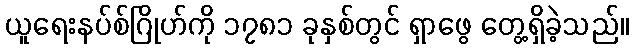
ယူရေးနပ်စ်ဂြိုဟ်ကို ၁၇၈၁ ခုနှစ်တွင် ရှာဖွေ တွေ့ရှိခဲ့သည်။